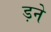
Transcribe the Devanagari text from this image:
ड़ने